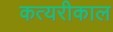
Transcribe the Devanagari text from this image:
कत्यरीकाल